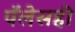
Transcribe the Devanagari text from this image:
पॅलेसही